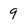
Character: 9